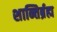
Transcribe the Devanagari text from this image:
शान्तिर्ब्रह्म